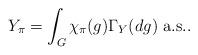
LaTeX: \begin{align*} Y_{\pi} = \int_{G}\chi_{\pi}(g)\Gamma_{Y}(dg)~\mbox{a.s.}.\end{align*}